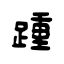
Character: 踵